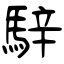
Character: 騂